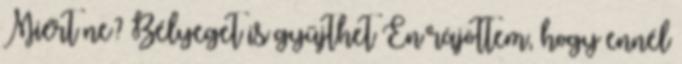
Miért ne? Bélyeget is gyűjthet Én rájöttem, hogy ennél